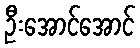
ဦးအောင်အောင်